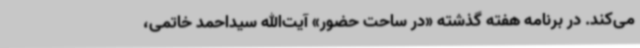
می‌کند. در برنامه هفته گذشته «در ساحت حضور» آیت‌الله سید‌احمد خاتمی،